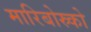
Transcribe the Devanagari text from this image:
मारिबोस्र्को